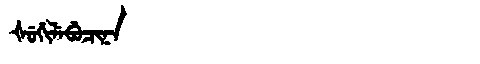
Manchu: ᡧᡠᡤᡳᠯᡝᠪᡠᠴᡳᠨᠠ
Romanization: ŠUGILEBUCINA